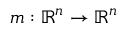
m : \mathbb { R } ^ { n } \rightarrow \mathbb { R } ^ { n }